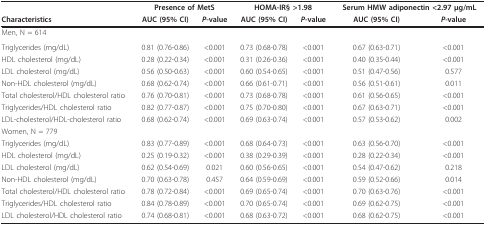
<table><thead><tr><td></td><td colspan="2"><b>Presence of MetS</b></td><td colspan="2"><b>HOMA-IR§ &gt;1.98</b></td><td colspan="2"><b>Serum HMW adiponectin &lt;2.97 μg/mL</b></td></tr><tr><td><b>Characteristics</b></td><td><b>AUC (95% CI)</b></td><td><b><i>P</i>-value</b></td><td><b>AUC (95% CI)</b></td><td><b><i>P</i>-value</b></td><td><b>AUC (95% CI)</b></td><td><b><i>P</i>-value</b></td></tr></thead><tbody><tr><td>Men, N = 614</td><td colspan="6"></td></tr><tr><td>Triglycerides (mg/dL)</td><td>0.81 (0.76-0.86)</td><td>&lt;0.001</td><td>0.73 (0.68-0.78)</td><td>&lt;0.001</td><td>0.67 (0.63-0.71)</td><td>&lt;0.001</td></tr><tr><td>HDL cholesterol (mg/dL)</td><td>0.28 (0.22-0.34)</td><td>&lt;0.001</td><td>0.31 (0.26-0.36)</td><td>&lt;0.001</td><td>0.40 (0.35-0.44)</td><td>&lt;0.001</td></tr><tr><td>LDL cholesterol (mg/dL)</td><td>0.56 (0.50-0.63)</td><td>&lt;0.001</td><td>0.60 (0.54-0.65)</td><td>&lt;0.001</td><td>0.51 (0.47-0.56)</td><td>0.577</td></tr><tr><td>Non-HDL cholesterol (mg/dL)</td><td>0.68 (0.62-0.74)</td><td>&lt;0.001</td><td>0.66 (0.61-0.71)</td><td>&lt;0.001</td><td>0.56 (0.51-0.61)</td><td>0.011</td></tr><tr><td>Total cholesterol/HDL cholesterol ratio</td><td>0.76 (0.70-0.81)</td><td>&lt;0.001</td><td>0.73 (0.68-0.78)</td><td>&lt;0.001</td><td>0.61 (0.56-0.65)</td><td>&lt;0.001</td></tr><tr><td>Triglycerides/HDL cholesterol ratio</td><td>0.82 (0.77-0.87)</td><td>&lt;0.001</td><td>0.75 (0.70-0.80)</td><td>&lt;0.001</td><td>0.67 (0.63-0.71)</td><td>&lt;0.001</td></tr><tr><td>LDL-cholesterol/HDL-cholesterol ratio</td><td>0.68 (0.62-0.74)</td><td>&lt;0.001</td><td>0.69 (0.63-0.74)</td><td>&lt;0.001</td><td>0.57 (0.53-0.62)</td><td>0.002</td></tr><tr><td>Women, N = 779</td><td></td><td></td><td></td><td></td><td></td><td></td></tr><tr><td>Triglycerides (mg/dL)</td><td>0.83 (0.77-0.89)</td><td>&lt;0.001</td><td>0.68 (0.64-0.73)</td><td>&lt;0.001</td><td>0.63 (0.56-0.70)</td><td>&lt;0.001</td></tr><tr><td>HDL cholesterol (mg/dL)</td><td>0.25 (0.19-0.32)</td><td>&lt;0.001</td><td>0.38 (0.29-0.39)</td><td>&lt;0.001</td><td>0.28 (0.22-0.34)</td><td>&lt;0.001</td></tr><tr><td>LDL cholesterol (mg/dL)</td><td>0.62 (0.54-0.69)</td><td>0.021</td><td>0.60 (0.56-0.65)</td><td>&lt;0.001</td><td>0.54 (0.47-0.62)</td><td>0.218</td></tr><tr><td>Non-HDL cholesterol (mg/dL)</td><td>0.70 (0.63-0.78)</td><td>0.457</td><td>0.64 (0.59-0.69)</td><td>&lt;0.001</td><td>0.59 (0.52-0.66)</td><td>0.014</td></tr><tr><td>Total cholesterol/HDL cholesterol ratio</td><td>0.78 (0.72-0.84)</td><td>&lt;0.001</td><td>0.69 (0.65-0.74)</td><td>&lt;0.001</td><td>0.70 (0.63-0.76)</td><td>&lt;0.001</td></tr><tr><td>Triglycerides/HDL cholesterol ratio</td><td>0.84 (0.78-0.89)</td><td>&lt;0.001</td><td>0.70 (0.65-0.74)</td><td>&lt;0.001</td><td>0.69 (0.62-0.75)</td><td>&lt;0.001</td></tr><tr><td>LDL cholesterol/HDL cholesterol ratio</td><td>0.74 (0.68-0.81)</td><td>&lt;0.001</td><td>0.68 (0.63-0.72)</td><td>&lt;0.001</td><td>0.68 (0.62-0.75)</td><td>&lt;0.001</td></tr></tbody></table>